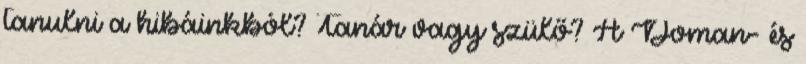
tanulni a hibáinkból? Tanár vagy szülő? A Doman- és